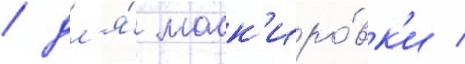
/ дл'я́ маск'иро́вк'и /